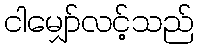
ငါမျှော်လင့်သည်